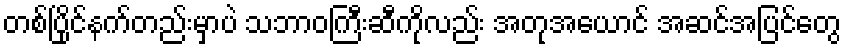
တစ်ပြိုင်နက်တည်းမှာပဲ သဘာဝကြီးဆီကိုလည်း အတုအယောင် အဆင်အပြင်တွေ